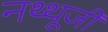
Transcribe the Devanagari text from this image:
नथ्थूजी